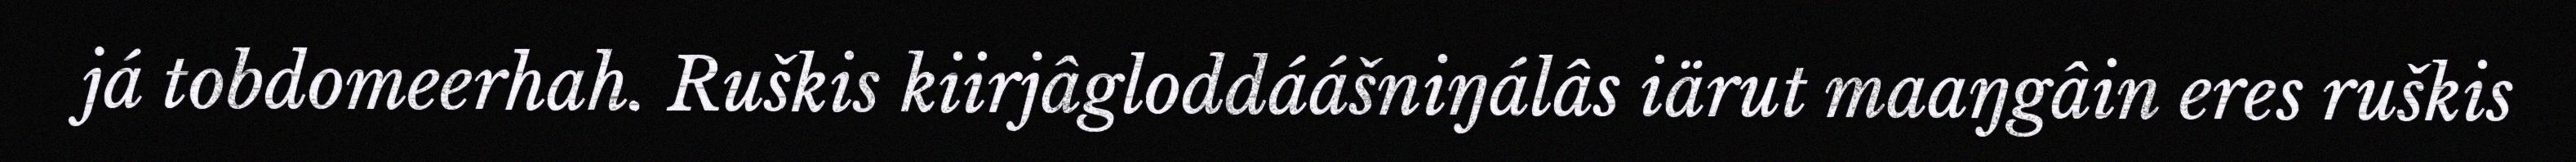
já tobdomeerhah. Ruškis kiirjâgloddáášniŋálâs iärut maaŋgâin eres ruškis